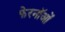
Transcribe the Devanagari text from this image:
फेरनॉओं